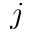
j